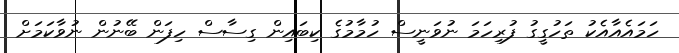
ހަމައެއާއެކު ތަހުގީގު ފުރިހަމަ ނުވަނީސް ހުމާމުގެ ކިބައިން ގިސާސް ހިފަން ބޭނުން ނުވާކަމަށް